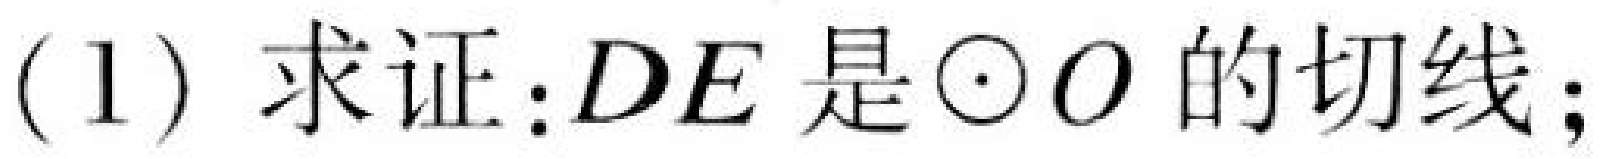
(1) 求证：\(DE\)是\(\odot O\)的切线；